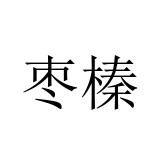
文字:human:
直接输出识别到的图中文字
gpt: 枣榛